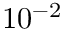
1 0 ^ { - 2 }